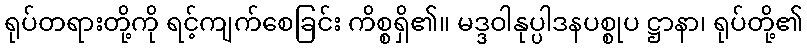
ရုပ်တရားတို့ကို ရင့်ကျက်စေခြင်း ကိစ္စရှိ၏။ မဒ္ဒဝါနုပ္ပါဒနပစ္စုပ ဋ္ဌာနာ၊ ရုပ်တို့၏